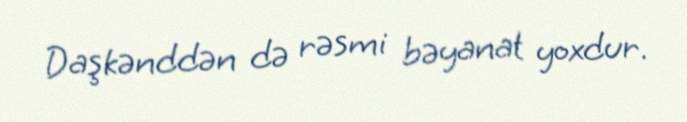
Daşkənddən də rəsmi bəyanat yoxdur.